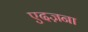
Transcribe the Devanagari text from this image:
एदज़ना